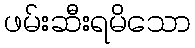
ဖမ်းဆီးရမိသော